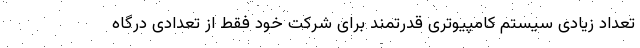
تعداد زیادی سیستم کامپیوتری قدرتمند برای شرکت خود فقط از تعدادی درگاه